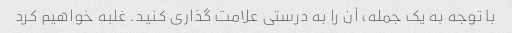
با توجه به یک جمله، آن را به درستی علامت گذاری کنید. غلبه خواهیم کرد